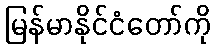
မြန်မာနိုင်ငံတော်ကို